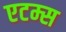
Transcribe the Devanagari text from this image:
एटम्स